Indian journal of veterinary science and animal husbandry - Volume 4,
Year: 1934
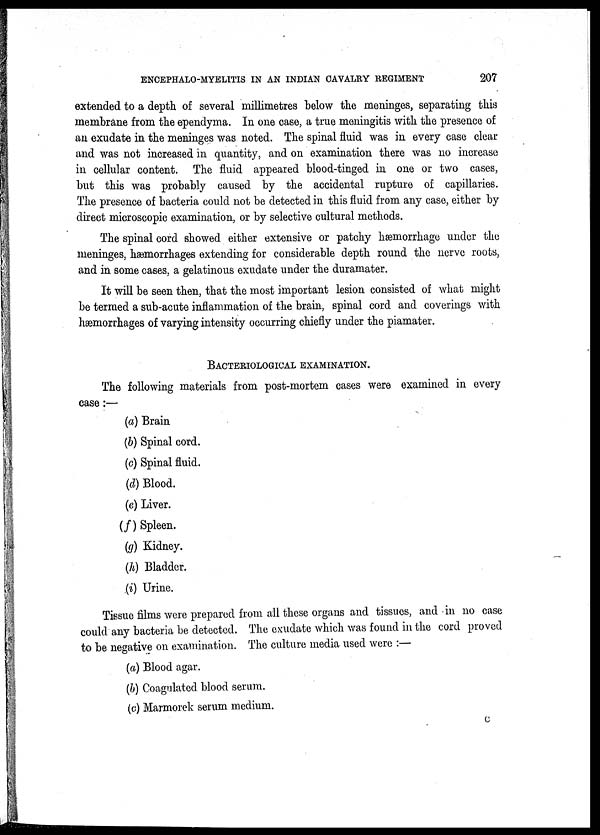
ENCEPHALO-MYELITIS IN AN INDIAN CAVALRY REGIMENT
207
extended to a depth of several millimetres below the meninges, separating this
membrane from the ependyma. In one case, a true meningitis with the presence of
an exudate in the meninges was noted. The spinal fluid was in every case clear
and was not increased in quantity, and on examination there was no increase
in cellular content. The fluid appeared blood-tinged in one or two cases,
but this was probably caused by the accidental rupture of capillaries.
The presence of bacteria could not be detected in this fluid from any case, either by
direct microscopic examination, or by selective cultural methods.
The spinal cord showed either extensive or patchy hæmorrhage under the
meninges, hæmorrhages extending for considerable depth round the nerve roots,
and in some cases, a gelatinous exudate under the duramater.
It will be seen then, that the most important lesion consisted of what might
be termed a sub-acute inflammation of the brain, spinal cord and coverings with
hæmorrhages of varying intensity occurring chiefly under the piamater.
BACTERIOLOGICAL EXAMINATION.
The following materials from post-mortem cases were examined in every
case:—
(a) Brain
(b) Spinal cord.
(c) Spinal fluid.
(d) Blood.
(e) Liver.
(f) Spleen.
(g) Kidney.
(h) Bladder.
(i) Urine.
Tissue films were prepared from all these organs and tissues, and in no case
could any bacteria be detected. The exudate which was found in the cord proved
to be negative on examination. The culture media used were :—
(a) Blood agar.
(b) Coagulated blood serum.
(c) Marmorek serum medium.
C